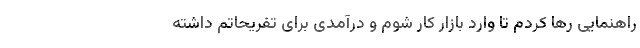
راهنمایی رها کردم تا وارد بازار کار شوم و درآمدی برای تفریحاتم داشته